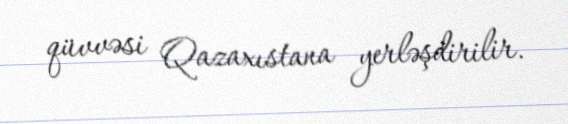
qüvvəsi Qazaxıstana yerləşdirilir.